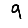
Digit: 9